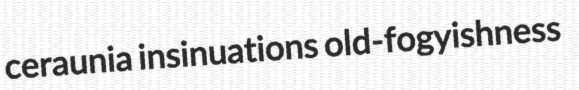
ceraunia insinuations old-fogyishness